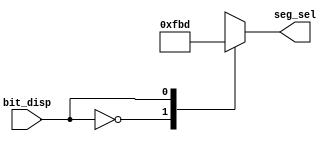
module seg_sel_decoder(bit_disp,seg_sel);
    input bit_disp;
    output reg [5:0] seg_sel;
    always@(bit_disp)
        case(bit_disp)
            1'b0 : seg_sel = 6'b111110;
            1'b1 : seg_sel = 6'b111101;
            default : seg_sel = 6'b111111;
        endcase
endmodule